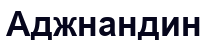
Аджнандин